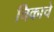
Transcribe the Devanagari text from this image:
चिकाचे